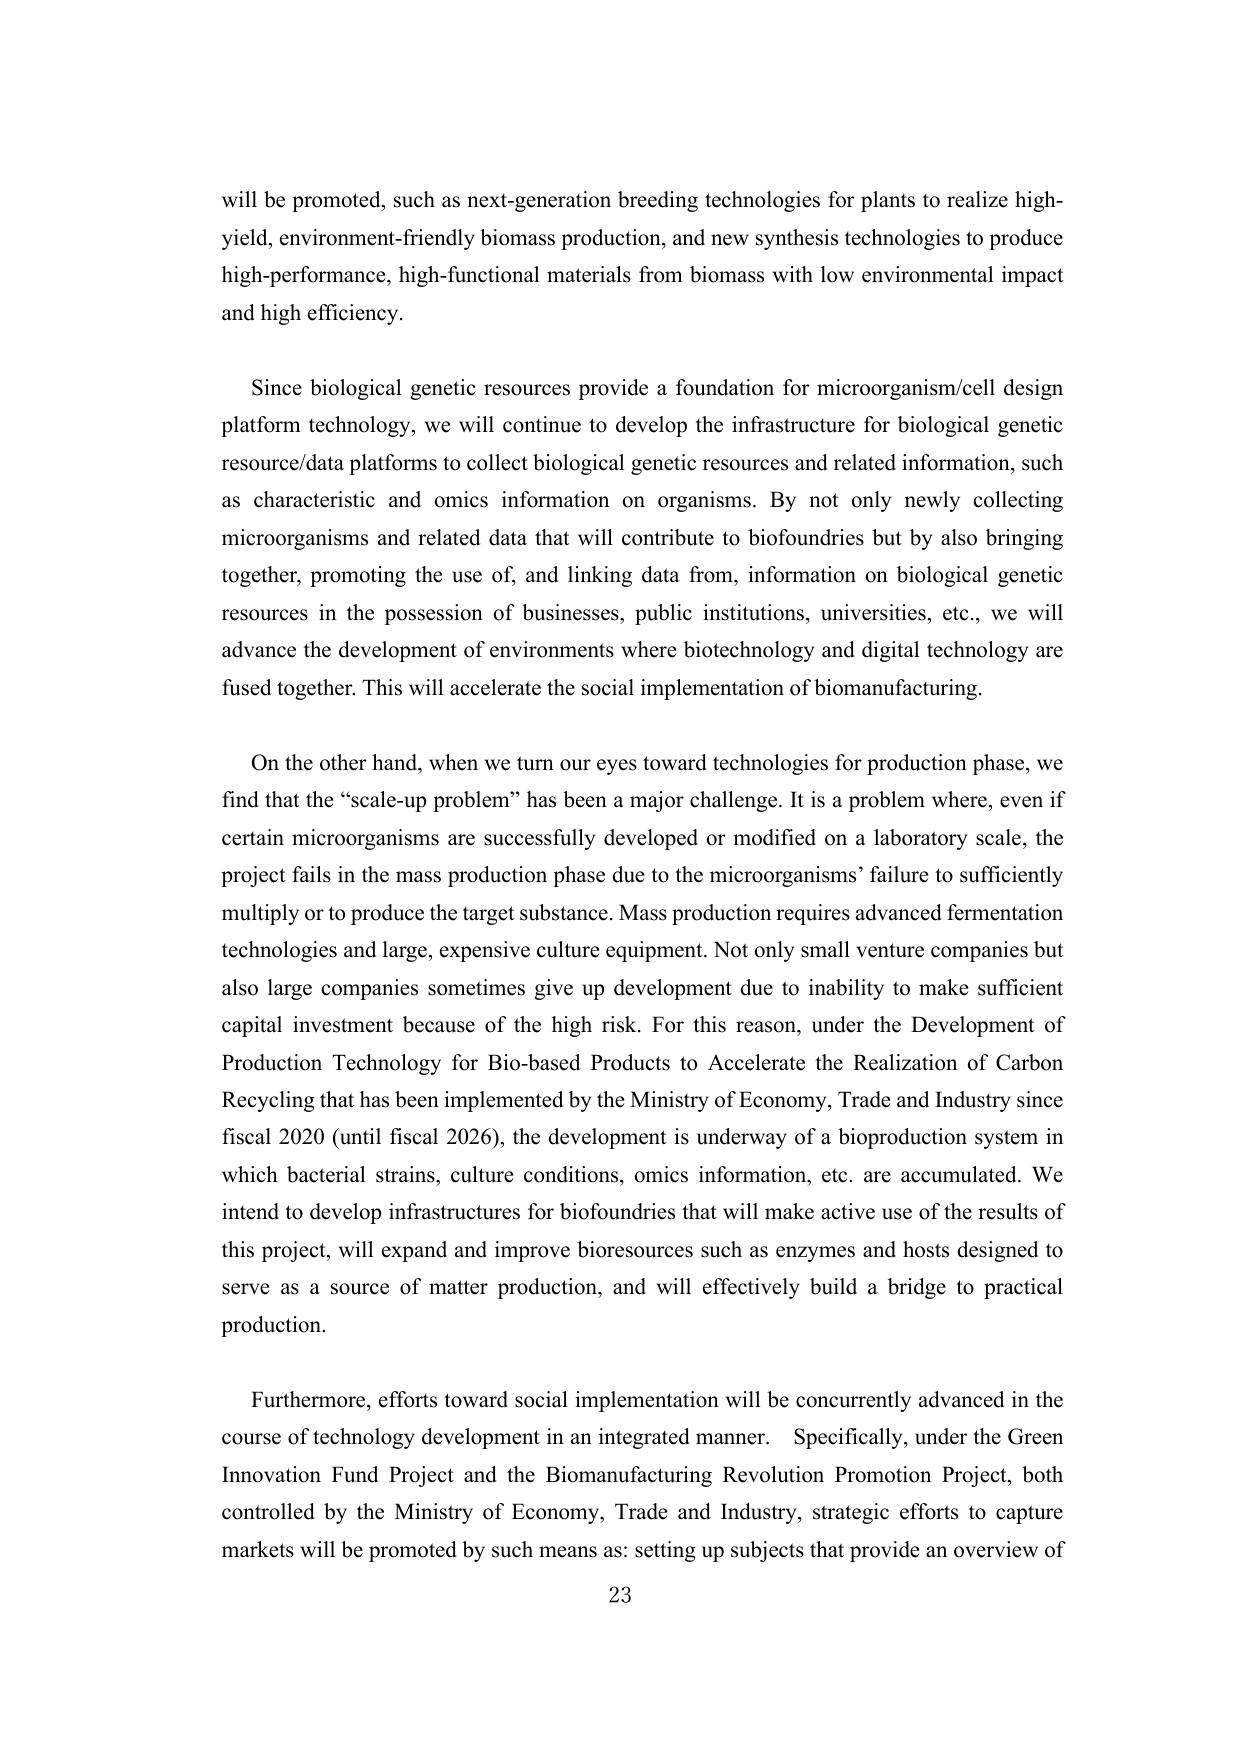
will be promoted, such as next-generation breeding technologies for plants to realize high-yield, environment-friendly biomass production, and new synthesis technologies to produce high-performance, high-functional materials from biomass with low environmental impact and high efficiency.

Since biological genetic resources provide a foundation for microorganism/cell design platform technology, we will continue to develop the infrastructure for biological genetic resource/data platforms to collect biological genetic resources and related information, such as characteristic and omics information on organisms. By not only newly collecting microorganisms and related data that will contribute to biofoundries but by also bringing together, promoting the use of, and linking data from, information on biological genetic resources in the possession of businesses, public institutions, universities, etc., we will advance the development of environments where biotechnology and digital technology are fused together. This will accelerate the social implementation of biomanufacturing.

On the other hand, when we turn our eyes toward technologies for production phase, we find that the “scale-up problem” has been a major challenge. It is a problem where, even if certain microorganisms are successfully developed or modified on a laboratory scale, the project fails in the mass production phase due to the microorganisms’ failure to sufficiently multiply or to produce the target substance. Mass production requires advanced fermentation technologies and large, expensive culture equipment. Not only small venture companies but also large companies sometimes give up development due to inability to make sufficient capital investment because of the high risk. For this reason, under the Development of Production Technology for Bio-based Products to Accelerate the Realization of Carbon Recycling that has been implemented by the Ministry of Economy, Trade and Industry since fiscal 2020 (until fiscal 2026), the development is underway of a bioproduction system in which bacterial strains, culture conditions, omics information, etc. are accumulated. We intend to develop infrastructures for biofoundries that will make active use of the results of this project, will expand and improve bioresources such as enzymes and hosts designed to serve as a source of matter production, and will effectively build a bridge to practical production.

Furthermore, efforts toward social implementation will be concurrently advanced in the course of technology development in an integrated manner. Specifically, under the Green Innovation Fund Project and the Biomanufacturing Revolution Promotion Project, both controlled by the Ministry of Economy, Trade and Industry, strategic efforts to capture markets will be promoted by such means as: setting up subjects that provide an overview of

23